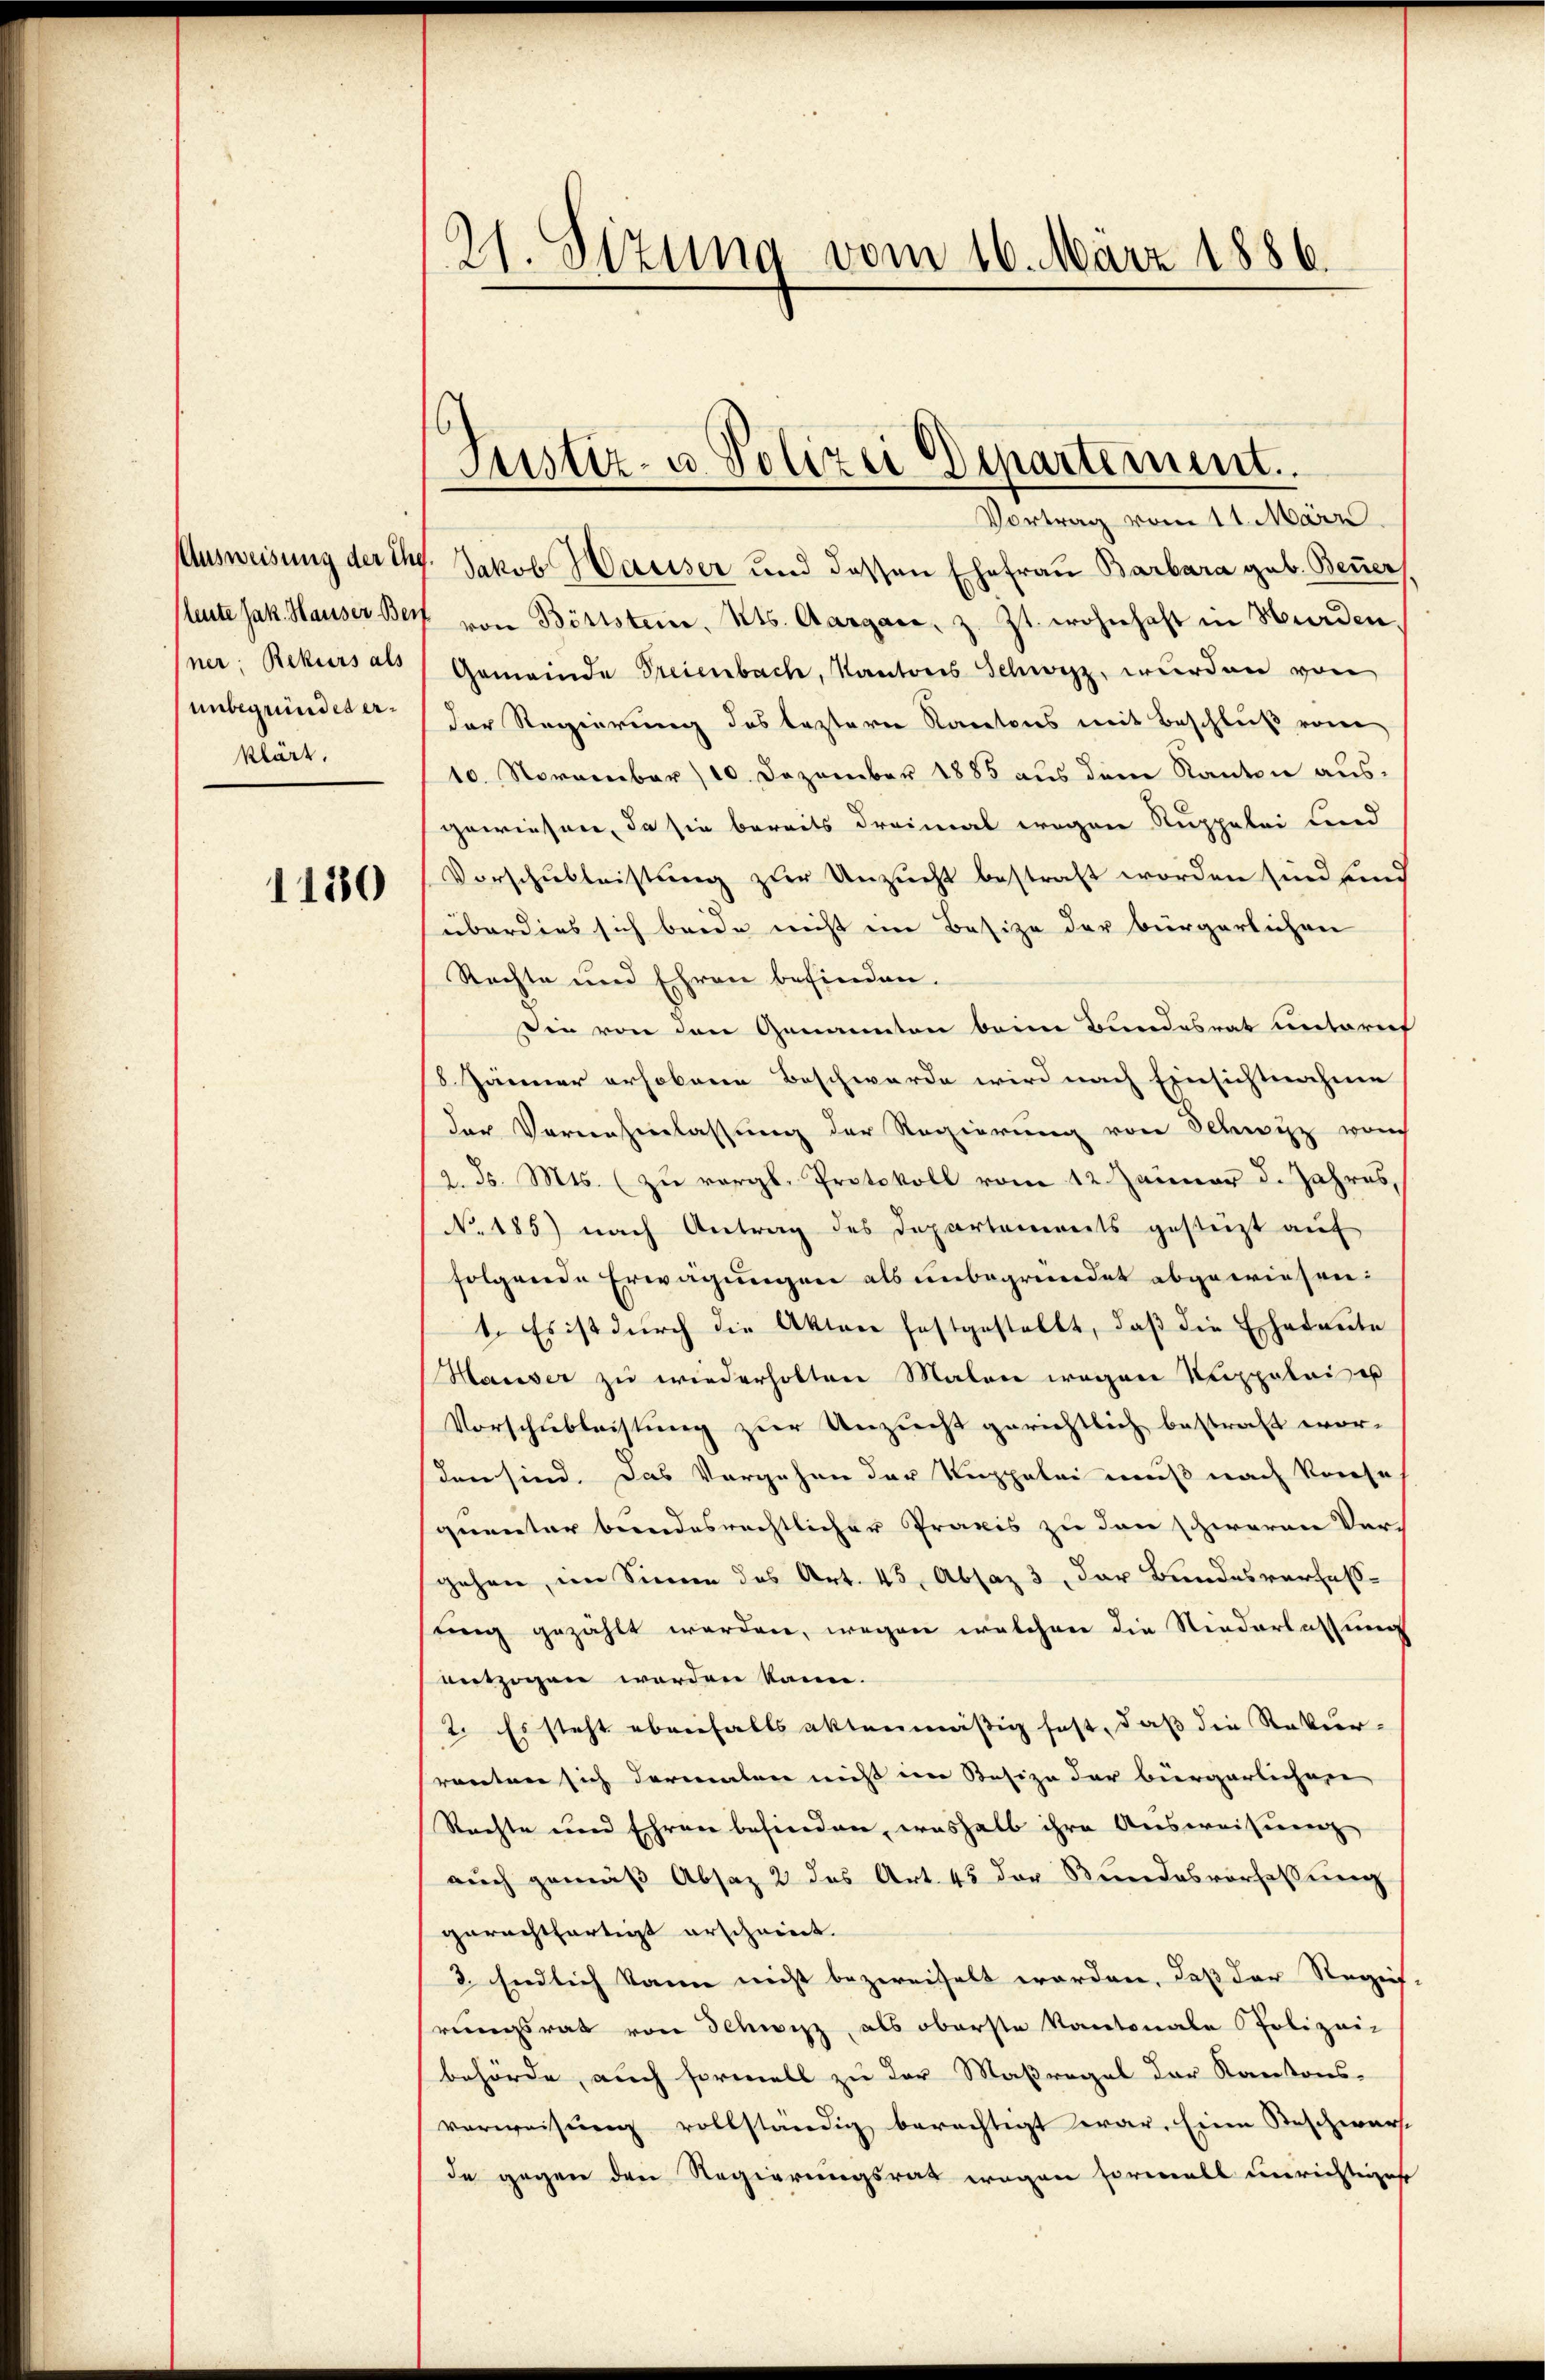
Ausweisung der ihr
(leute Jak. Hauser Ber
ner, Rekurs als
unbegründet erklärt.

1130

21. Sizung vom 16. März 1886.

Justiz- u. Polizei Departement.

Vortrag vom 11. März
Jakob Hauser und dessen Ehefrau Barbara geb. Bener
von Bittsten, Kts. Aargare, z. Zt. wohnhaft in Wurden.
Gemeinde Steienbach, Kantons Schwyz, wurden von
der Regierung des leztern Kantons mit Beschluß vom
10. November 10. Dezember 1885 aus dem Kanton aus-
gewiesen, da sie bereits dreimal wegen Ruppelei und
Vorschulleistung zur Unzucht bestraft worden sind sind
überdies sich beide nicht im Besize der bürgerlichen
Rechte und Ehren befinden.
sie von den Genannten beim Bundesrat unterief
8 Jänner erhobene Beschwerde wird nach Einsichtnahme
der Vornehmlassung der Regierung von Schwyz von
2. d. Mts. (zu vergl. Protokoll vom 12. Jänner d. Jahres,
No. 185) nach Antrag des Departements gesteigt auf
folgende Erwägungen als unbegründet abgewiesen:
1. Es ist dŭrch die Akten festgestellt, daβ die Ehedeute
Hauser zu wiederholten Malen wegen Supploi es
Vorschubleistung zur Unzucht gerichtlich bestraft wor-
den sind. Das Vorgehen der Kuppelei muß nach Konse
quentar beendesrechtlicher Praxis zu den schweren Ver-
gehen, im Sinne des Art. 45, Absaz 3, der Bundesverfaßsung gezahlt werden, wegen welchen die Niederlassung
entzogen werden kann.
2. Es steht ebenfalls aktenmäßig fest, daß die Rekur-
ranten sich dermalen nicht im Besize der bürgerlichern
Rechte und Ehren befinden, weshalb ihre Ausweisung
aŭch gemäβ Absaz 2 des Art. 43 der Bundesverfassŭng
gerechtfertigt erschriert.
3. Endlich kann nicht bezweifelt worden, daß der Regeif,
rungsrat von Schwyz, als oberste Kantonale Polizei-
behörde, auch formell zu der Maßregel der Kantons-
verweisung vollständig berechtigt war. Eine Beschwar
de gegen den Regierungsrat wegen formell unrichtiger